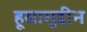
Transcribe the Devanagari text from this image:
हूसामुद्दीन